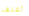
أعتقد